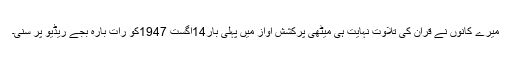
میرے کانوں نے قرآن کی تلاوت نہایت ہی میٹھی پرکشش آواز میں پہلی بار14اگست 1947کو رات بارہ بجے ریڈیو پر سنی۔